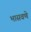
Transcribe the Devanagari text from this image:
भासवणे